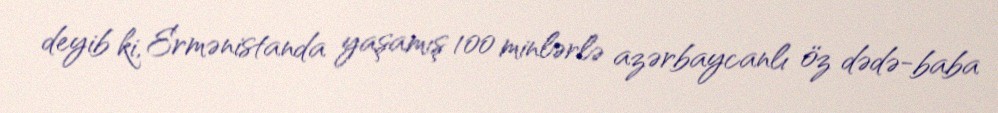
deyib ki, Ermənistanda yaşamış 100 minlərlə azərbaycanlı öz dədə-baba